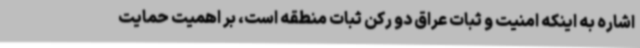
اشاره به اینکه امنیت و ثبات عراق دو رکن ثبات منطقه است، بر اهمیت حمایت